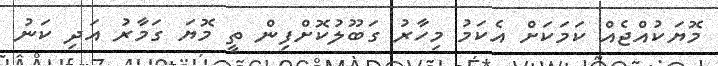
މޮޔަކުއްޖެއް ކަމަކަށް އެކަމު މިހާރު ގަބޫލުކޮށްފިން ތީ މޮޔަ ގަމާރު އަދި ކަނު